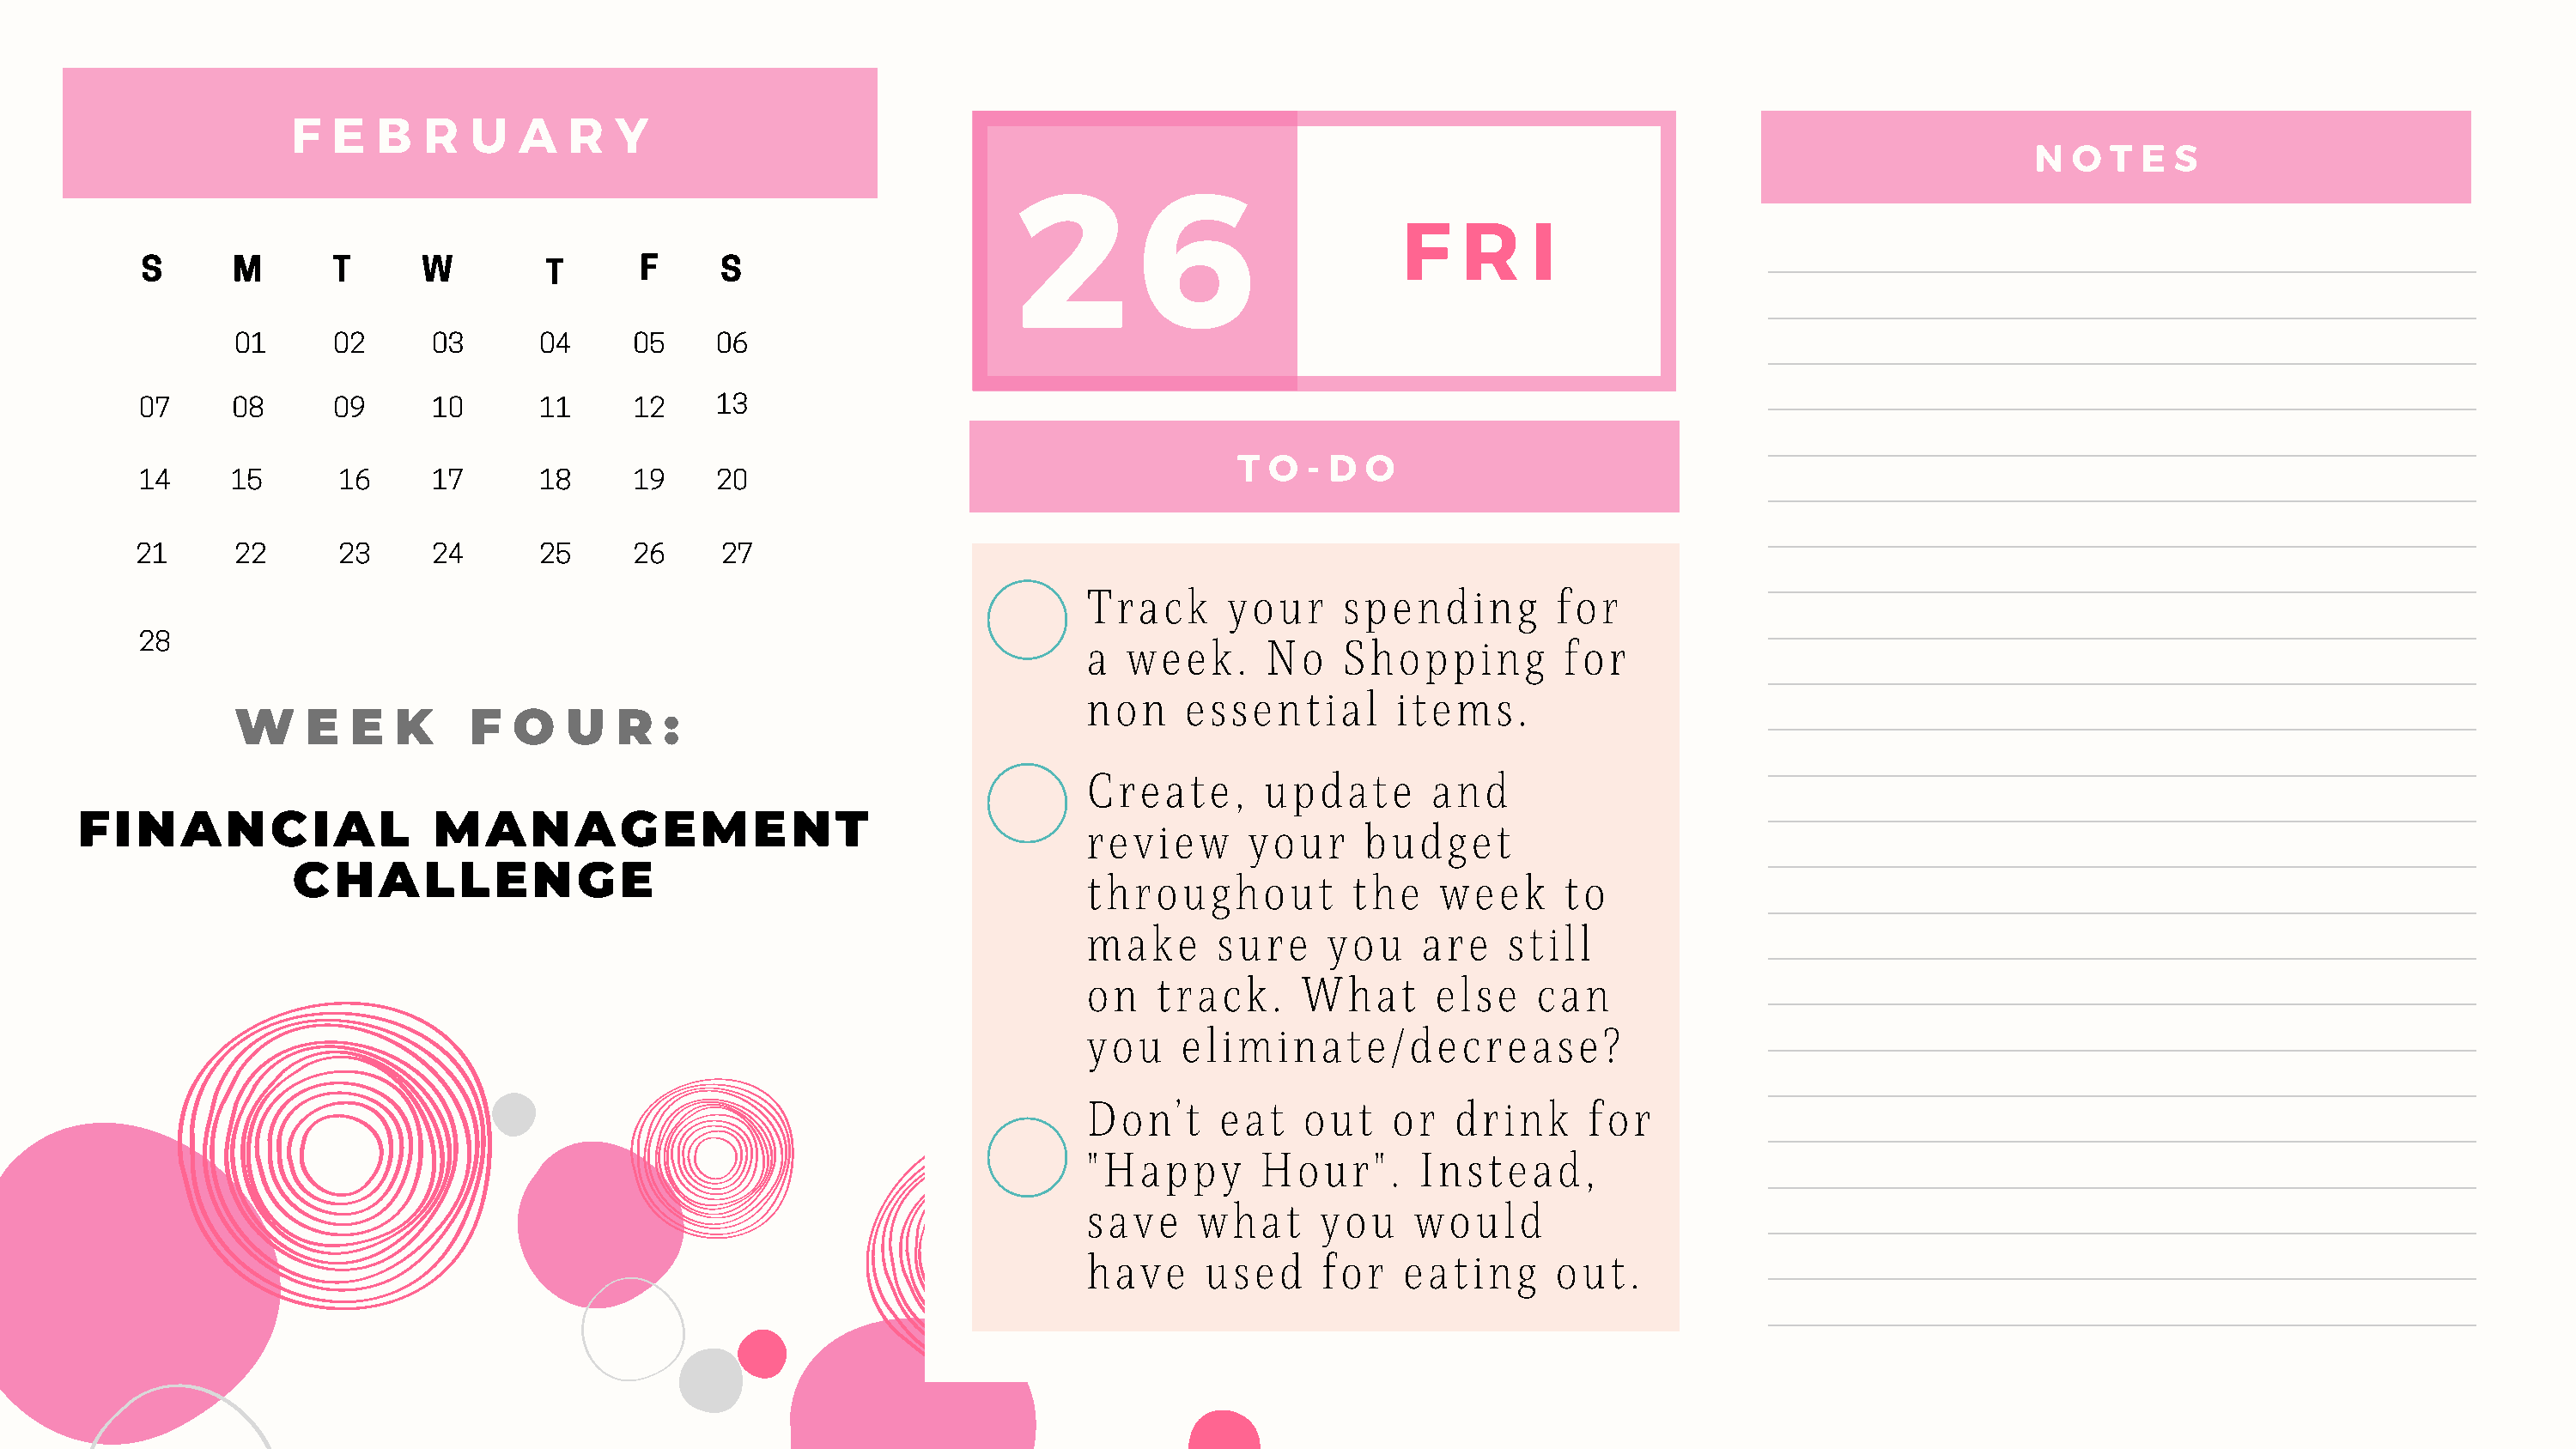
F   E  B   R  U   A   R  Y
 2         6                                                                    N  O  T E  S
 F    R    I
 S      M       T     W         T      F      S
 01      02     03       04     05    06
 07     08      09     10       11     12    13
 T  O  - D O
 14     15      16     17       18     19    20
 21      22      23     24       25     26     27
 Track      your     spending        for
 28                                                                       a  week.      No    Shopping         for
 non    essential        items.
 W     E  E  K     F   O   U  R   :
 Create,      update       and
 FINANCIAL                  MANAGEMENT                                         review      your     budget
 CHALLENGE                                                    throughout          the    week      to
 make      sure    you     are   still
 on   track.     What       else   can
 you    eliminate/decrease?
 Don’t     eat   out    or   drink     for
 "Happy       Hour".      Instead,
 save    what      you    would
 have     used     for   eating      out.